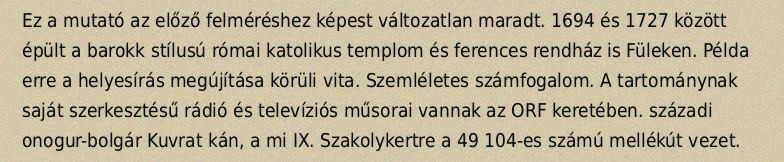
Ez a mutató az előző felméréshez képest változatlan maradt. 1694 és 1727 között épült a barokk stílusú római katolikus templom és ferences rendház is Füleken. Példa erre a helyesírás megújítása körüli vita. Szemléletes számfogalom. A tartománynak saját szerkesztésű rádió és televíziós műsorai vannak az ORF keretében. századi onogur-bolgár Kuvrat kán, a mi IX. Szakolykertre a 49 104-es számú mellékút vezet.